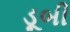
ડૂબી